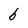
Character: b